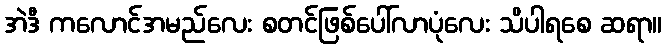
အဲဒီ ကလောင်အမည်လေး စတင်ဖြစ်ပေါ်လာပုံလေး သိပါရစေ ဆရာ။